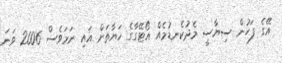
އޭގެ ފަހުން ސިޔާސީ މެދުކެނޑުމެއް އޯޓޭގާގެ ހަޔާތަށް އައި ނަމަވެސް 2006 ވަނަ